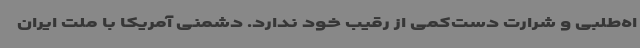
اه‌طلبی و شرارت دست‌کمی از رقیب خود ندارد. دشمنی آمریکا با ملت ایران